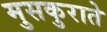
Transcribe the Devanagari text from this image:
मुसकुराते